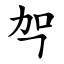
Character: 㔖